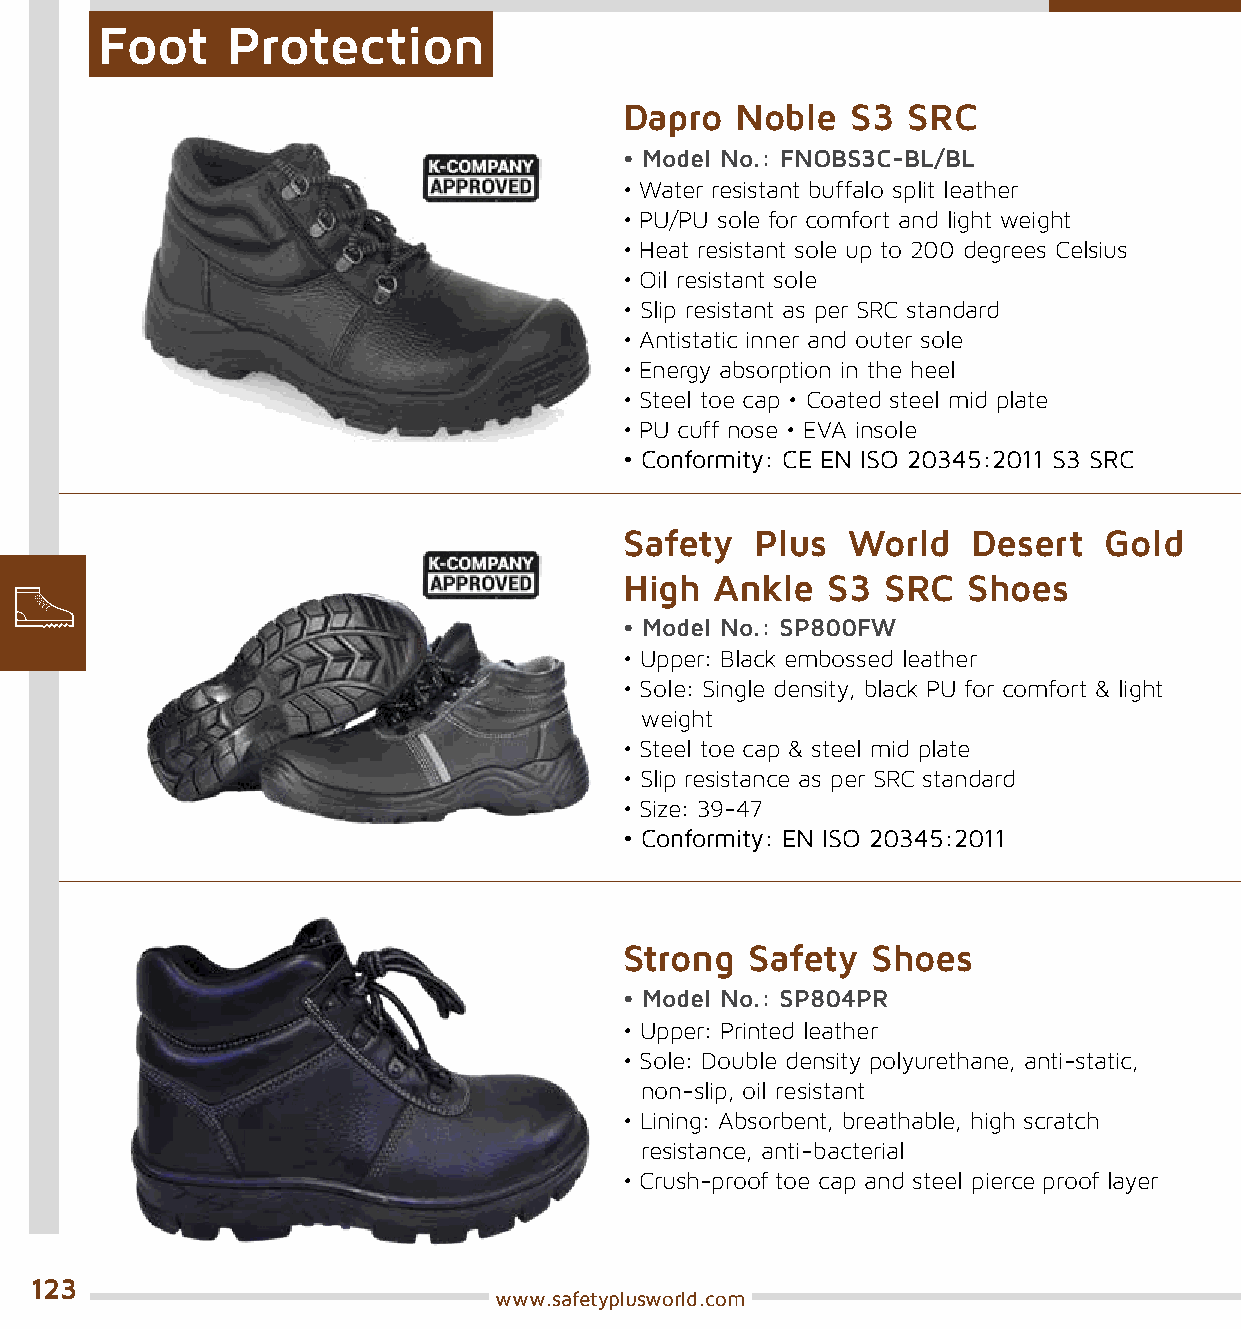
Foot     Protection
 Dapro   Noble  S3  SRC
 • Model No.: FNOBS3C-BL/BL
 • Water resistant buffalo split leather
 • PU/PU sole for comfort and light weight
 • Heat resistant sole up to 200 degrees Celsius
 • Oil resistant sole
 • Slip resistant as per SRC standard
 • Antistatic inner and outer sole
 • Energy absorption in the heel
 • Steel toe cap • Coated steel mid plate
 • PU cuff nose • EVA insole
 • Conformity: CE EN ISO 20345:2011 S3 SRC
 Safety   Plus  World   Desert   Gold
 High  Ankle   S3  SRC  Shoes
 • Model No.: SP800FW
 • Upper: Black embossed leather
 • Sole: Single density, black PU for comfort & light
 weight
 • Steel toe cap & steel mid plate
 • Slip resistance as per SRC standard
 • Size: 39-47
 • Conformity: EN ISO 20345:2011
 Strong  Safety   Shoes
 • Model No.: SP804PR
 • Upper: Printed leather
 • Sole: Double density polyurethane, anti-static,
 non-slip, oil resistant
 • Lining: Absorbent, breathable, high scratch
 resistance, anti-bacterial
 • Crush-proof toe cap and steel pierce proof layer
 123
 www.safetyplusworld.com